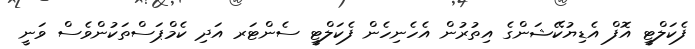
ފެކަލްޓީ އޮފް އެޑިޔުކޭޝަންގެ އިތުރުން އެހެނިހެން ފެކަލްޓީ ސެންޓަރ އަދި ކެމްޕަސްތަކުންވެސް ވަނީ